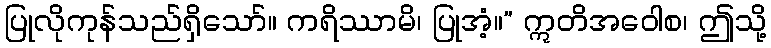
ပြုလိုကုန်သည်ရှိသော်။ ကရိဿာမိ၊ ပြုအံ့။” ဣတိအဝေါစ၊ ဤသို့